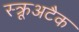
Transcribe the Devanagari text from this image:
स्क्रूअटैक